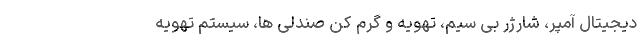
دیجیتال آمپر، شارژر بی سیم، تهویه و گرم کن صندلی ها، سیستم تهویه